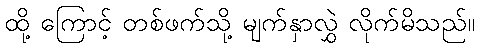
ထို့ ကြောင့် တစ်ဖက်သို့ မျက်နှာလွှဲ လိုက်မိသည်။